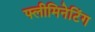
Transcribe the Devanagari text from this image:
फ्लीमिनेटिंग